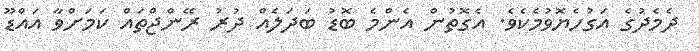
ދެމެދުގެ އަގުހެޔޮވުމެކެވެ. އެގޮތުން އެންމެ ބޮޑު ބަދަލެއް ދުރު ރޭންޖްތައް ކަމަށްވާ އައްޑޫ